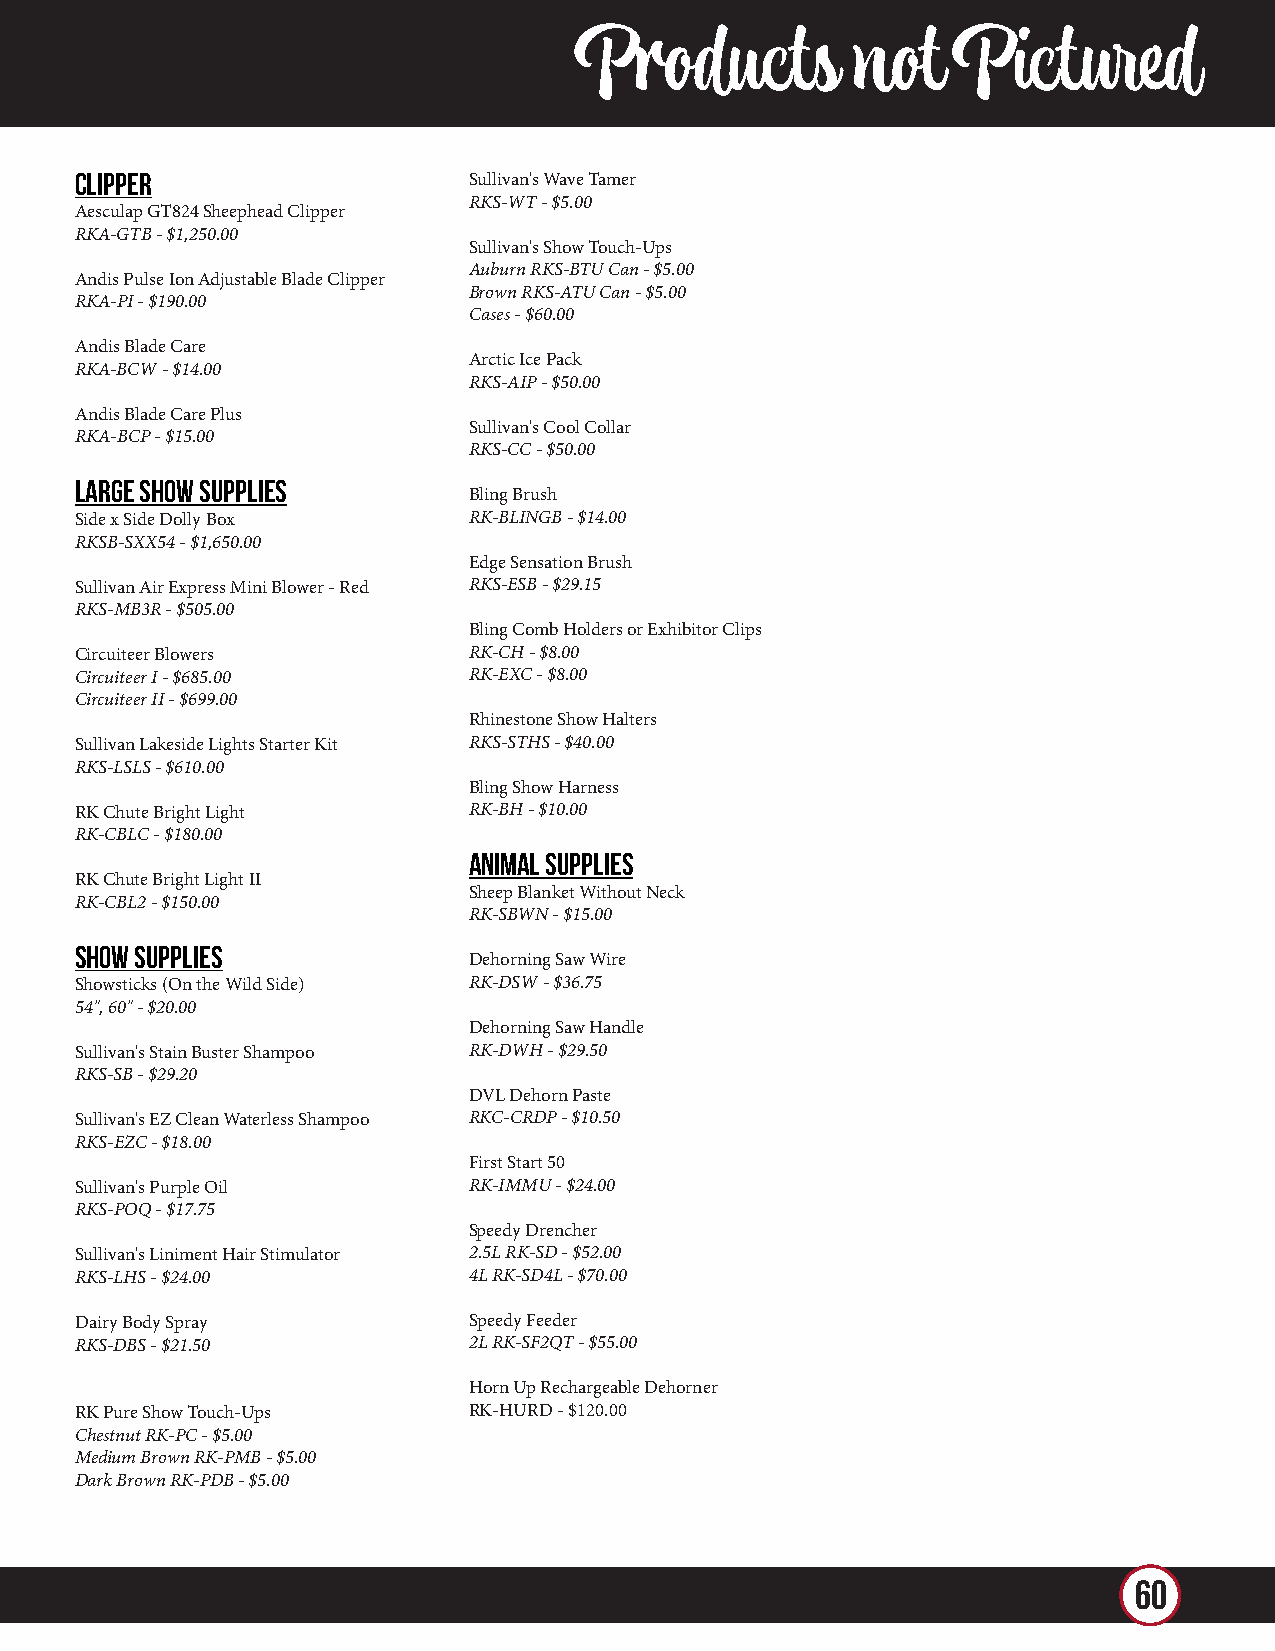
Products           not   Pictured
 CLIPPER                   Sullivan's Wave Tamer
 RKS-WT - $5.00
 Aesculap GT824 Sheephead Clipper
 RKA-GTB - $1,250.00
 Sullivan's Show Touch-Ups
 Auburn RKS-BTU Can - $5.00
 Andis Pulse Ion Adjustable Blade Clipper
 Brown RKS-ATU Can - $5.00
 RKA-PI - $190.00
 Cases - $60.00
 Andis Blade Care
 Arctic Ice Pack
 RKA-BCW - $14.00
 RKS-AIP - $50.00
 Andis Blade Care Plus
 Sullivan's Cool Collar
 RKA-BCP - $15.00
 RKS-CC - $50.00
 LARGE SHOW SUPPLIES
 Bling Brush
 Side x Side Dolly Box     RK-BLINGB - $14.00
 RKSB-SXX54 - $1,650.00
 Edge Sensation Brush
 Sullivan Air Express Mini Blower - Red RKS-ESB - $29.15
 RKS-MB3R - $505.00
 Bling Comb Holders or Exhibitor Clips
 Circuiteer Blowers        RK-CH - $8.00
 Circuiteer I - $685.00    RK-EXC - $8.00
 Circuiteer II - $699.00
 Rhinestone Show Halters
 Sullivan Lakeside Lights Starter Kit RKS-STHS - $40.00
 RKS-LSLS - $610.00
 Bling Show Harness
 RK Chute Bright Light     RK-BH - $10.00
 RK-CBLC - $180.00
 ANIMAL SUPPLIES
 RK Chute Bright Light II
 Sheep Blanket Without Neck
 RK-CBL2 - $150.00
 RK-SBWN - $15.00
 SHOW SUPPLIES
 Dehorning Saw Wire
 Showsticks (On the Wild Side) RK-DSW - $36.75
 54", 60" - $20.00
 Dehorning Saw Handle
 Sullivan's Stain Buster Shampoo RK-DWH - $29.50
 RKS-SB - $29.20
 DVL Dehorn Paste
 Sullivan's EZ Clean Waterless Shampoo RKC-CRDP - $10.50
 RKS-EZC - $18.00
 First Start 50
 Sullivan's Purple Oil     RK-IMMU - $24.00
 RKS-POQ - $17.75
 Speedy Drencher
 Sullivan's Liniment Hair Stimulator 2.5L RK-SD - $52.00
 RKS-LHS - $24.00          4L RK-SD4L - $70.00
 Dairy Body Spray          Speedy Feeder
 RKS-DBS - $21.50          2L RK-SF2QT - $55.00
 Horn Up Rechargeable Dehorner
 RK Pure Show Touch-Ups    RK-HURD - $120.00
 Chestnut RK-PC - $5.00
 Medium Brown RK-PMB - $5.00
 Dark Brown RK-PDB - $5.00
 60